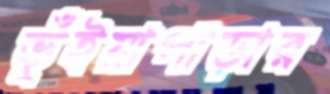
ভূঁইয়াপাড়ার